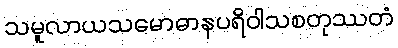
သမူလာယသမောဓာနပရိဝါသစတုဿတံ